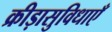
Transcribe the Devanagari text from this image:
क्रीड़ासुविधाएँ